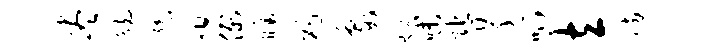
尽觥豫熄例瞩碣象炫味陀翠呱立防